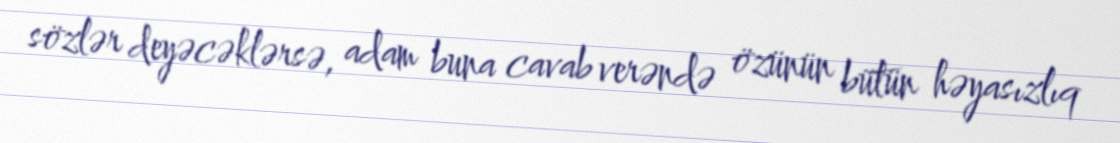
sözlər deyəcəklərsə, adam buna cavab verəndə özünün bütün həyasızlıq